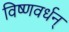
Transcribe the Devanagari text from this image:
विष्णवर्धन्